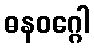
ဓနဝဂ္ဂေါ